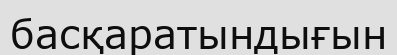
басқаратындығын